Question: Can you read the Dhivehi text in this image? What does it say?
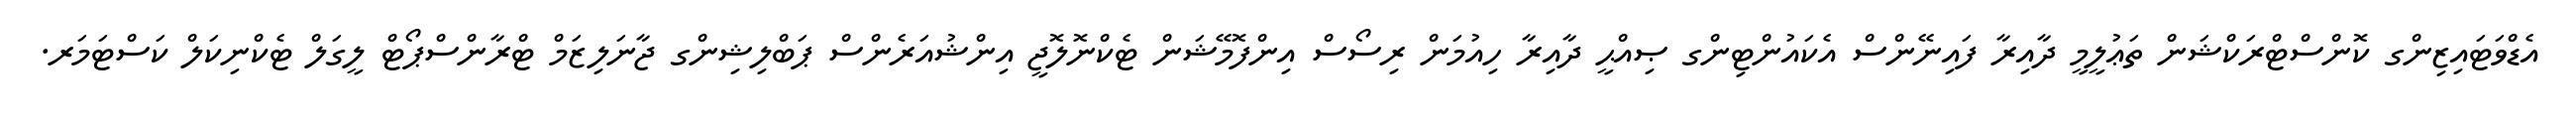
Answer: އެޑްވަޓައިޒިންގ ކޮންސްޓްރަކްޝަން ތަޢުލީމީ ދާއިރާ ފައިނޭންސް އެކައުންޓިންގ ޞިއްޙީ ދާއިރާ ހިއުމަން ރިސޯސް އިންފޮމޭޝަން ޓެކްނޮލޮޖީ އިންޝުއަރެންސް ޕަބްލިޝިންގ ޖާނަލިޒަމް ޓްރާންސްޕޯޓް ލީގަލް ޓެކްނިކަލް ކަސްޓަމަރ.